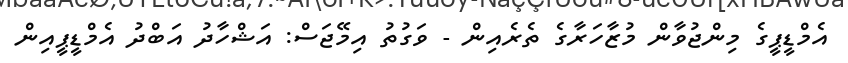
އެމްޑީޕީގެ މިންޖުވާން މުޒާހަރާގެ ތެރެއިން - ވަގުތު އިމޭޖަސް: އަޝްހާދު އަބްދު އެމްޑީޕީއިން